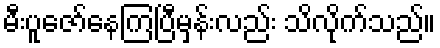
မီးပူဇော်နေကြပြီမှန်းလည်း သိလိုက်သည်။